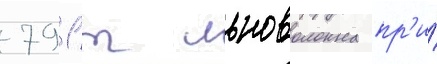
791 т льноволокна пр'и́